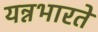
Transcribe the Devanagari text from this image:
यन्नभारते